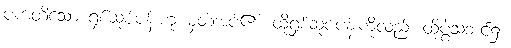
ပကတိသော ရှစ်ဆုပ်ပန်းဟု မှတ်အပ်၏။ ထိုရှစ်ဆုပ်ပန်းကိုလည်း ထိုပွဲသဘင်၌